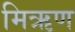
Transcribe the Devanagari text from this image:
मिऋण